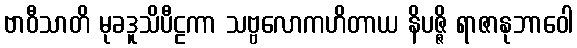
ဗာဝီသာတိ မုခဒူသိပီဠကာ သဗ္ဗလောကဟိတာယ နိပဇ္ဇိ ရာဇာနုဘာဝေါ